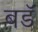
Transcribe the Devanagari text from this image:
बडॅ